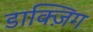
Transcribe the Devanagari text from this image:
डाक्ज़िग